65_HS1-834228961_62-HQ-83894_Section_6
Agency: FBI
Page 202
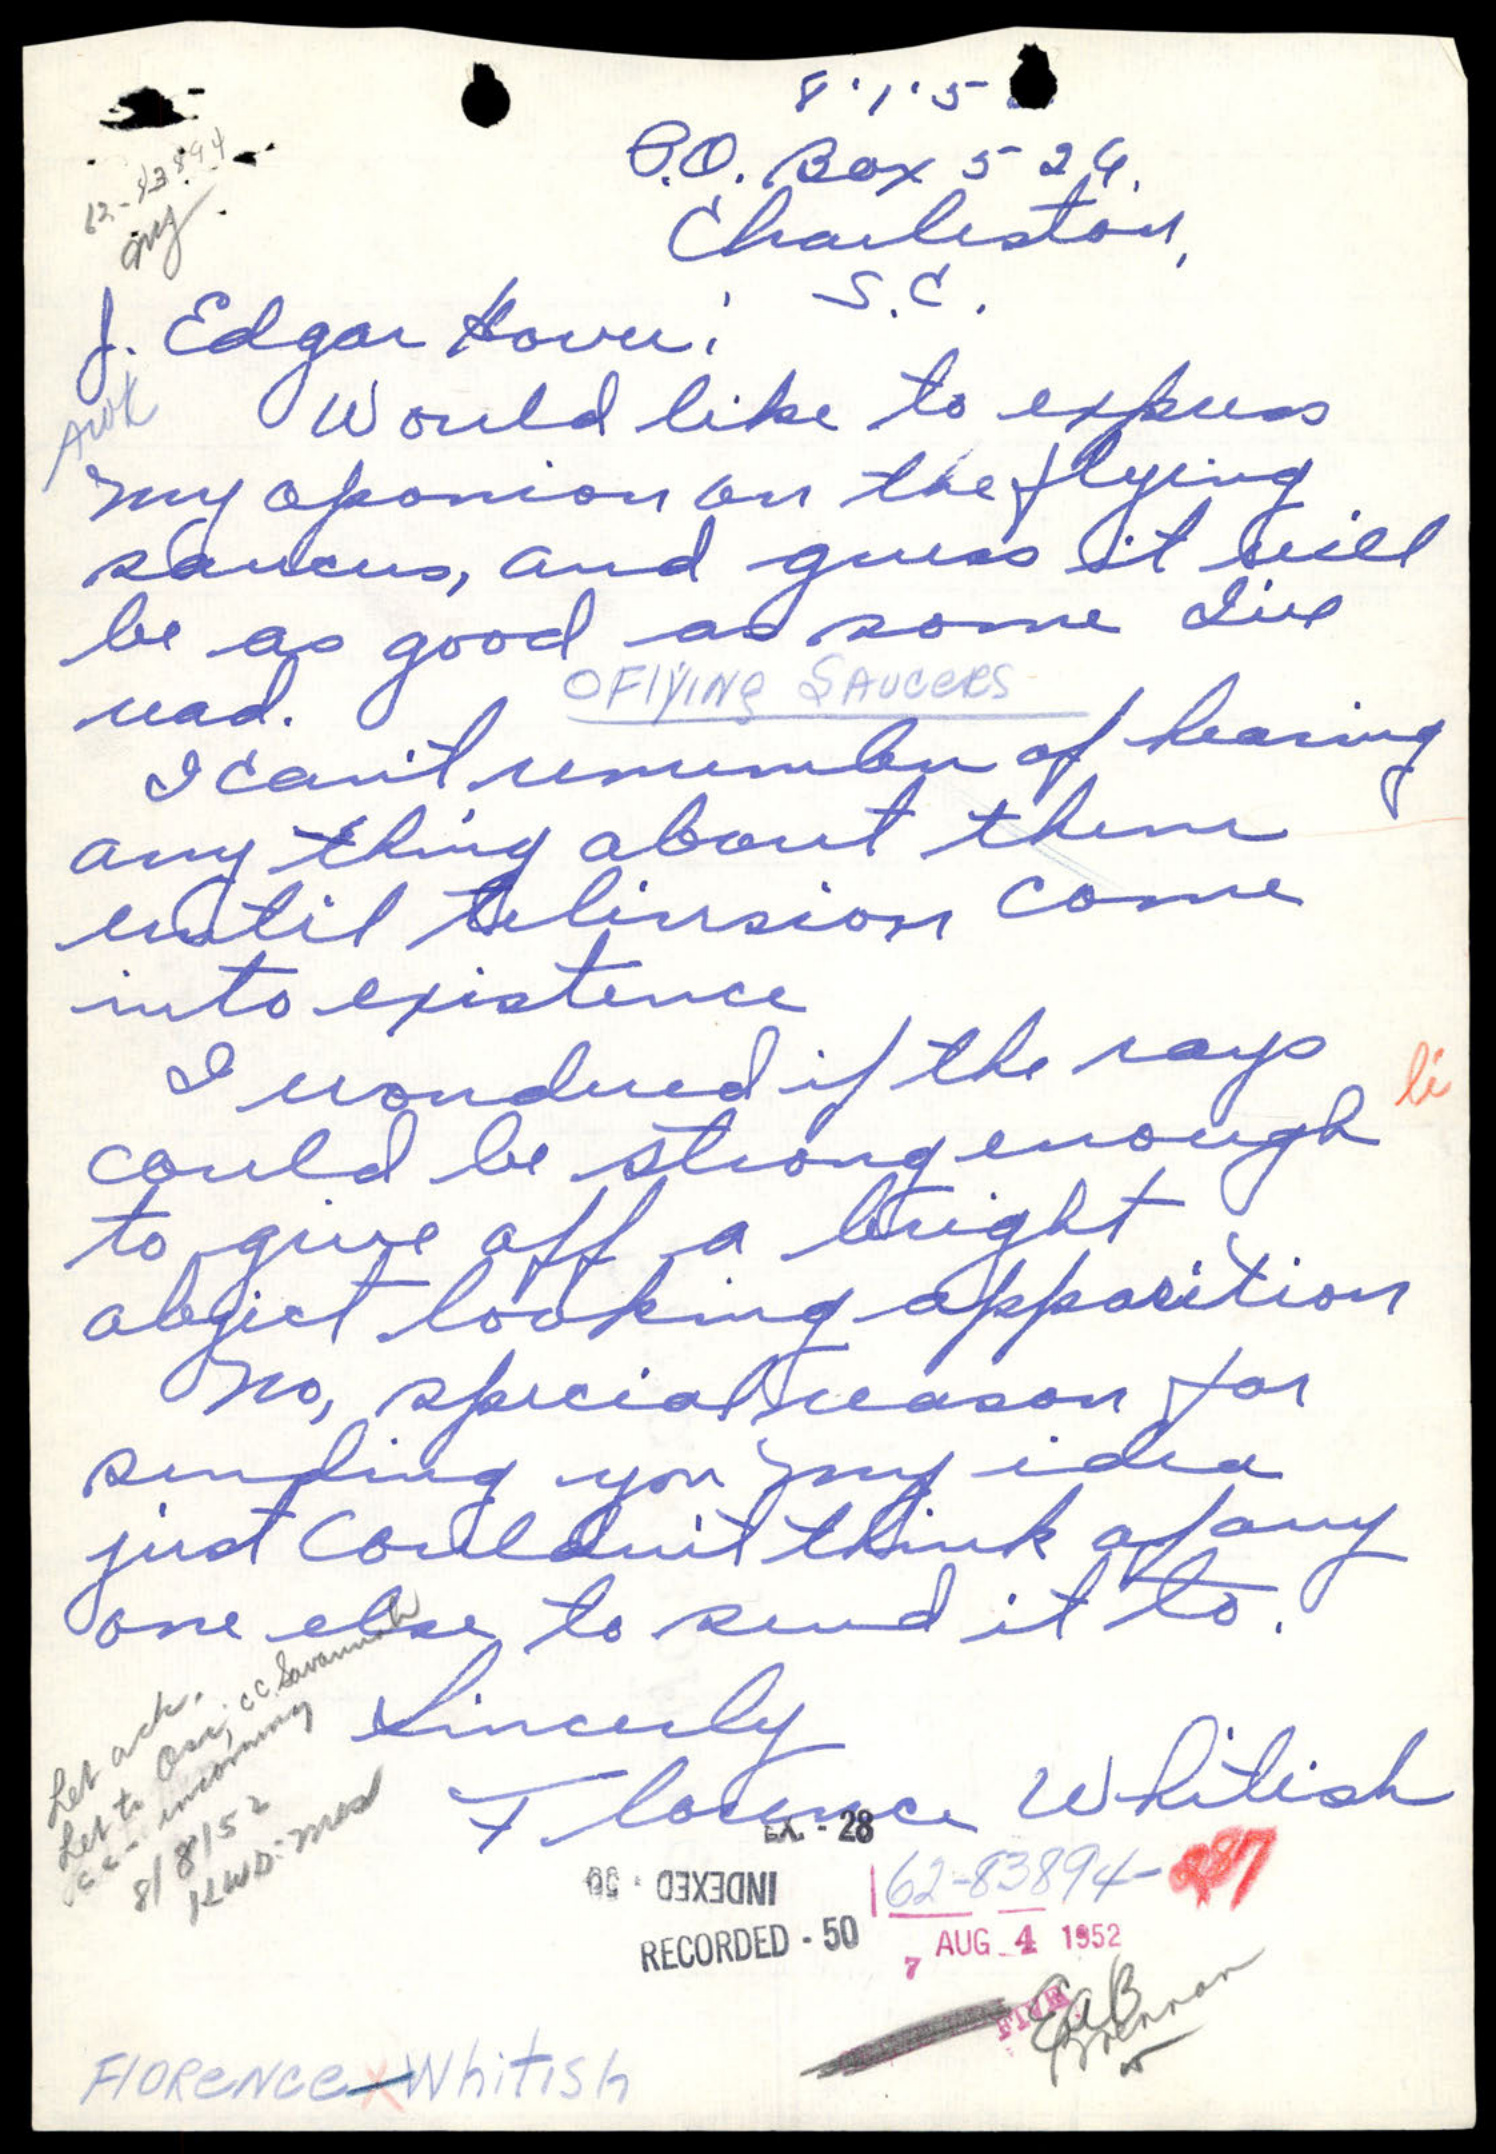